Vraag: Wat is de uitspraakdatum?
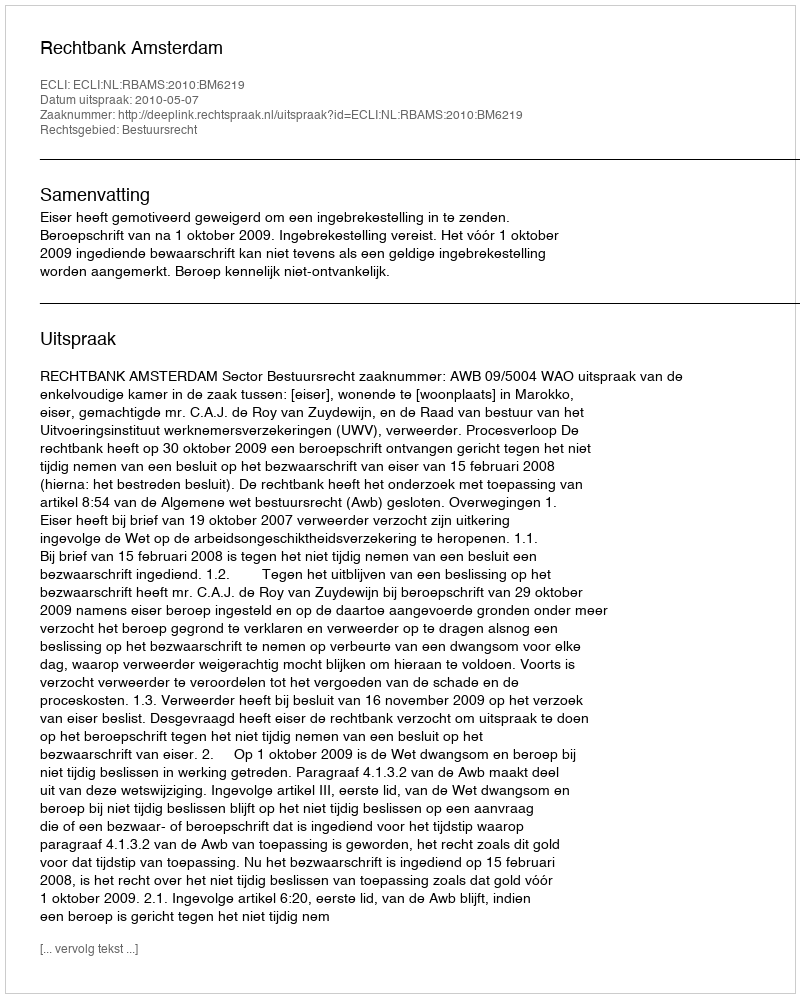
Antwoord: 2010-05-07